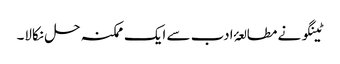
ٹینگو نے مطالعۂ ادب سے ایک ممکنہ حل نکالا۔